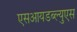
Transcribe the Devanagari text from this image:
एसआयडब्ल्युएस